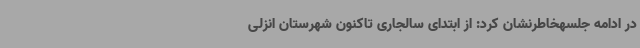
در ادامه جلسهخاطرنشان کرد: از ابتدای سالجاری تاکنون شهرستان انزلی